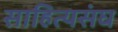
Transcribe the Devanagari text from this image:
साहित्यसंघ